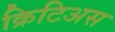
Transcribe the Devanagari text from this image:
क्रिटिअस